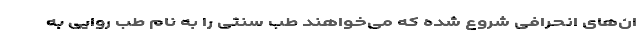
ان‌های انحرافی شروع شده که می‌خواهند طب سنتی را به نام طب روایی به